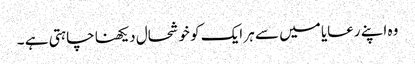
وہ اپنے رعایا میں سے ہر ایک کو خوشحال دیکھنا چاہتی ہے ۔